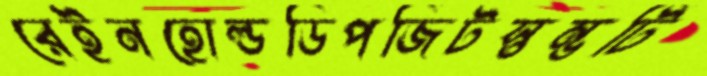
রেইনহোল্ডডিপজিটস্তম্ভটি